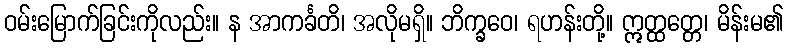
ဝမ်းမြောက်ခြင်းကိုလည်း။ န အာကင်္ခတိ၊ အလိုမရှိ။ ဘိက္ခဝေ၊ ရဟန်းတို့။ ဣတ္ထတ္တေ၊ မိန်းမ၏